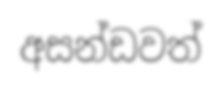
අසන්ඩවත්